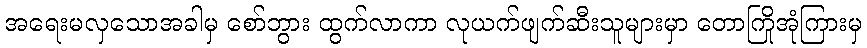
အရေးမလှသောအခါမှ စော်ဘွား ထွက်လာကာ လုယက်ဖျက်ဆီးသူများမှာ တောကြိုအုံကြားမှ